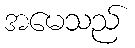
အမေသည်